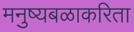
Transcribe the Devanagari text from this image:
मनुष्यबळाकरिता